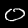
Label: 0